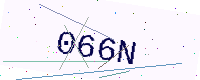
Text: 066N